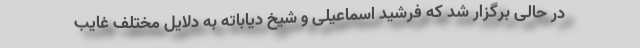
در حالی برگزار شد که فرشید اسماعیلی و شیخ دیاباته به دلایل مختلف غایب